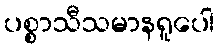
ပစ္စာသီသမာနရူပေါ